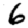
Digit: 6